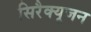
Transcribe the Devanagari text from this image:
सिरैक्यूजन